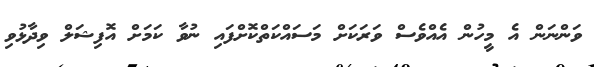
ވަންނަން އެ މީހުން އެއްވެސް ވަރަކަށް މަސައްކަތްކޮށްފައި ނުވާ ކަމަށް އޮފިޝަލް ވިދާޅުވި